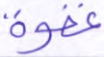
غفوة